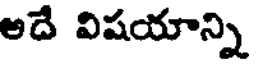
అదే విషయాన్ని